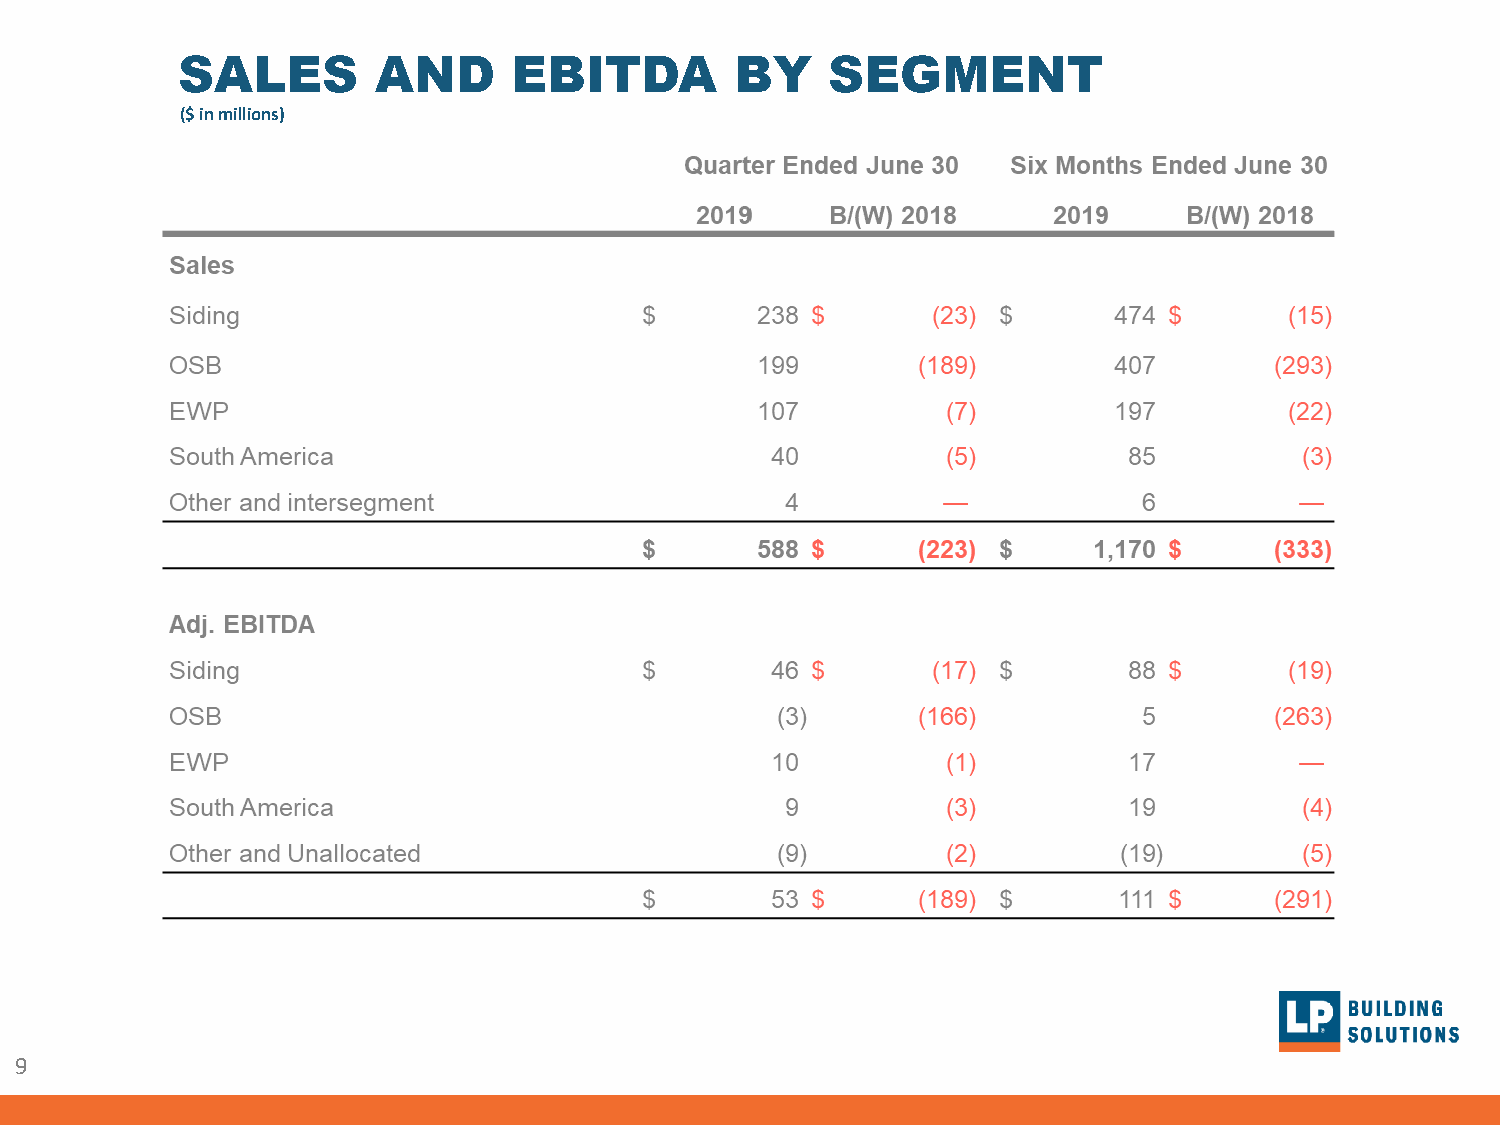
SALES        AND      EBITDA         BY    SEGMENT
 ($ in millions)
 9